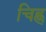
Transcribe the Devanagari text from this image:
चिह्ण